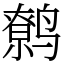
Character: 鹩